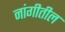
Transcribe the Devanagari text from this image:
नांगीतील